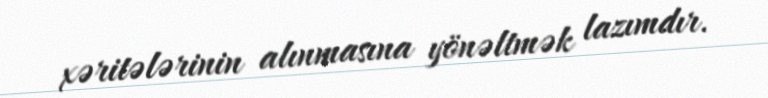
xəritələrinin alınmasına yönəltmək lazımdır.